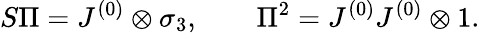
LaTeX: S\Pi=J^{(0)}\otimes\sigma_{3},\qquad\Pi^{2}=J^{(0)}J^{(0)}\otimes 1.